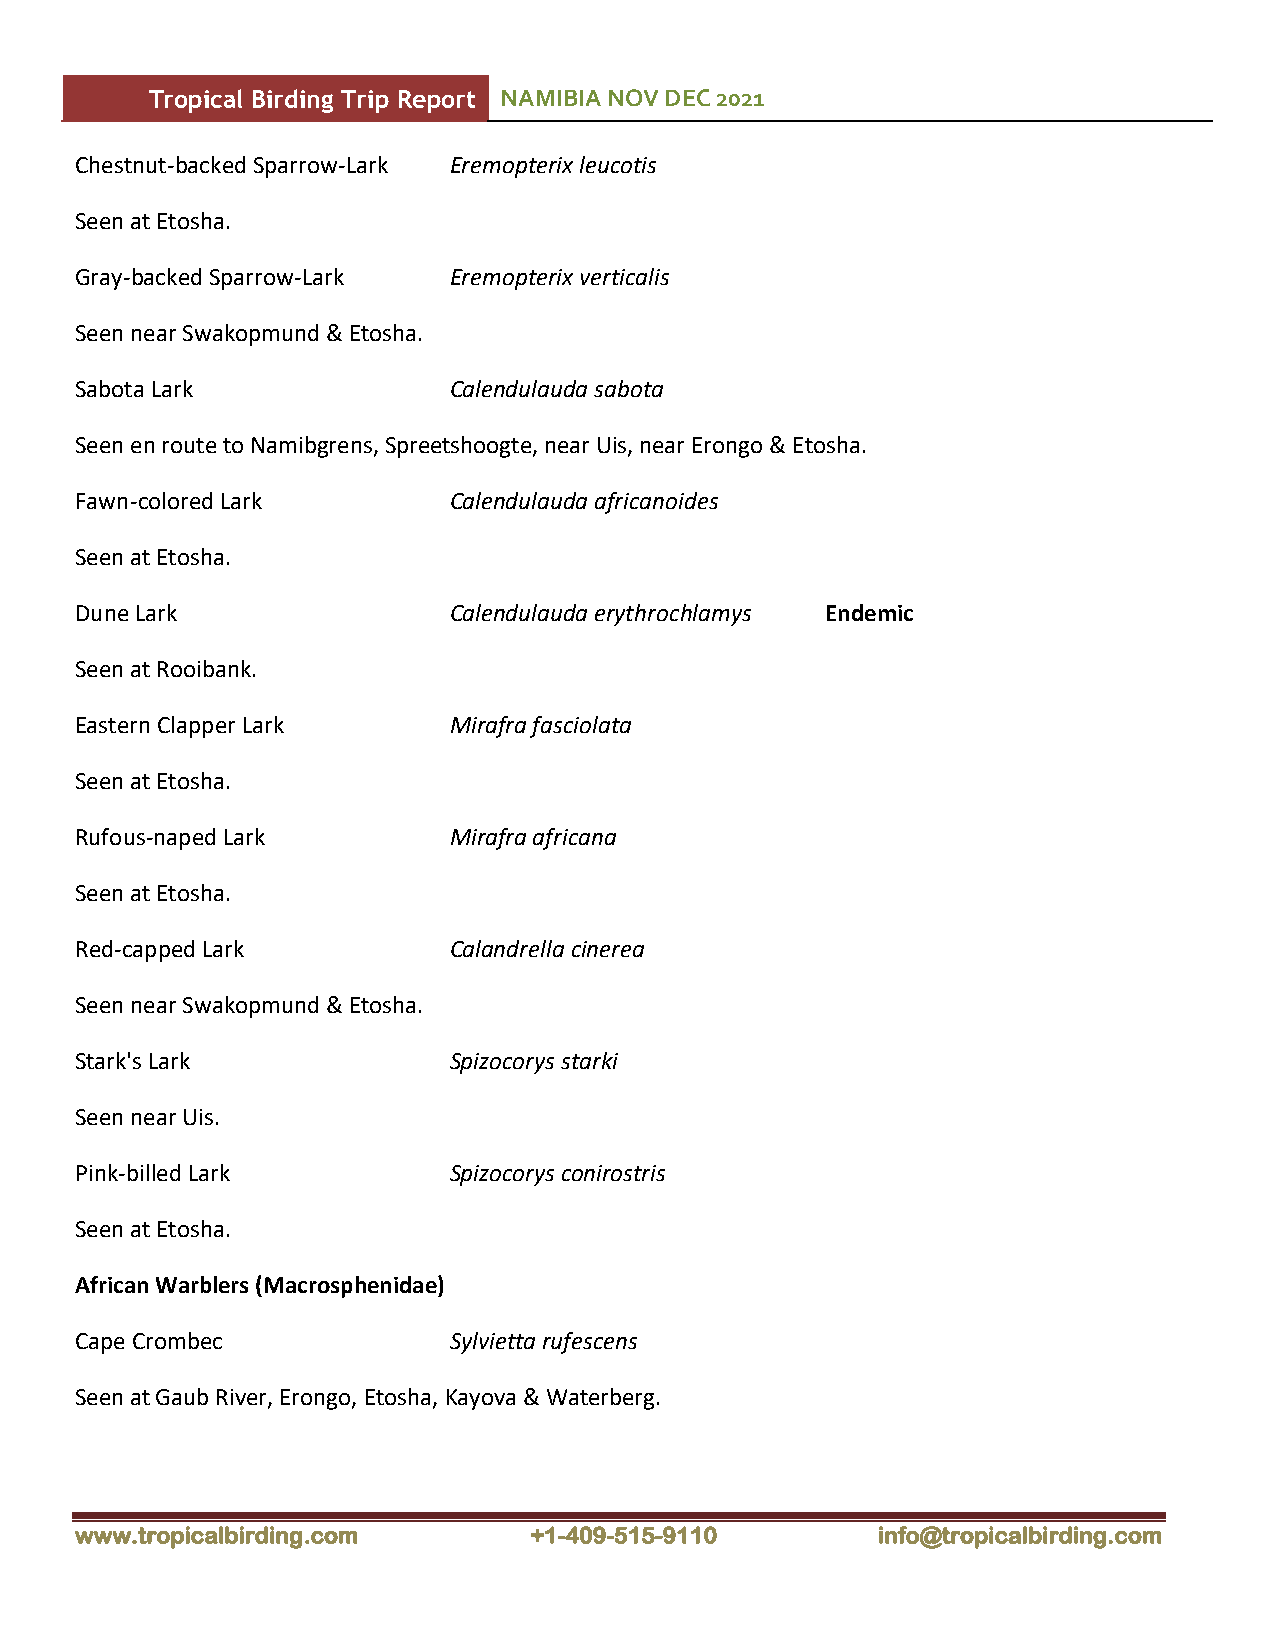
Tropical Birding Trip Report NAMIBIA NOV DEC 2021
 Chestnut-backed Sparrow-Lark Eremopterix leucotis
 Seen at Etosha.
 Gray-backed Sparrow-Lark Eremopterix verticalis
 Seen near Swakopmund & Etosha.
 Sabota Lark              Calendulauda sabota
 Seen en route to Namibgrens, Spreetshoogte, near Uis, near Erongo & Etosha.
 Fawn-colored Lark        Calendulauda africanoides
 Seen at Etosha.
 Dune Lark                Calendulauda erythrochlamys Endemic
 Seen at Rooibank.
 Eastern Clapper Lark     Mirafra fasciolata
 Seen at Etosha.
 Rufous-naped Lark        Mirafra africana
 Seen at Etosha.
 Red-capped Lark          Calandrella cinerea
 Seen near Swakopmund & Etosha.
 Stark's Lark             Spizocorys starki
 Seen near Uis.
 Pink-billed Lark         Spizocorys conirostris
 Seen at Etosha.
 African Warblers (Macrosphenidae)
 Cape Crombec             Sylvietta rufescens
 Seen at Gaub River, Erongo, Etosha, Kayova & Waterberg.
 www.tropicalbirding.com       +1-409-515-9110        info@tropicalbirding.com